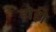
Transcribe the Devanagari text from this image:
होही